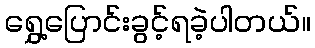
ရွှေ့ပြောင်းခွင့်ရခဲ့ပါတယ်။